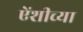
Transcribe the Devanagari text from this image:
एेंशीच्या